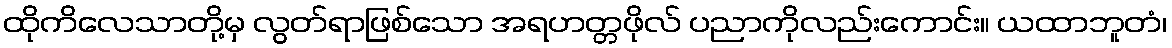
ထိုကိလေသာတို့မှ လွတ်ရာဖြစ်သော အရဟတ္တဖိုလ် ပညာကိုလည်းကောင်း။ ယထာဘူတံ၊